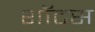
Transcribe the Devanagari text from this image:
शॉटस